65_HS1-834228961_62-HQ-83894_Section_6
Agency: FBI
Page 96
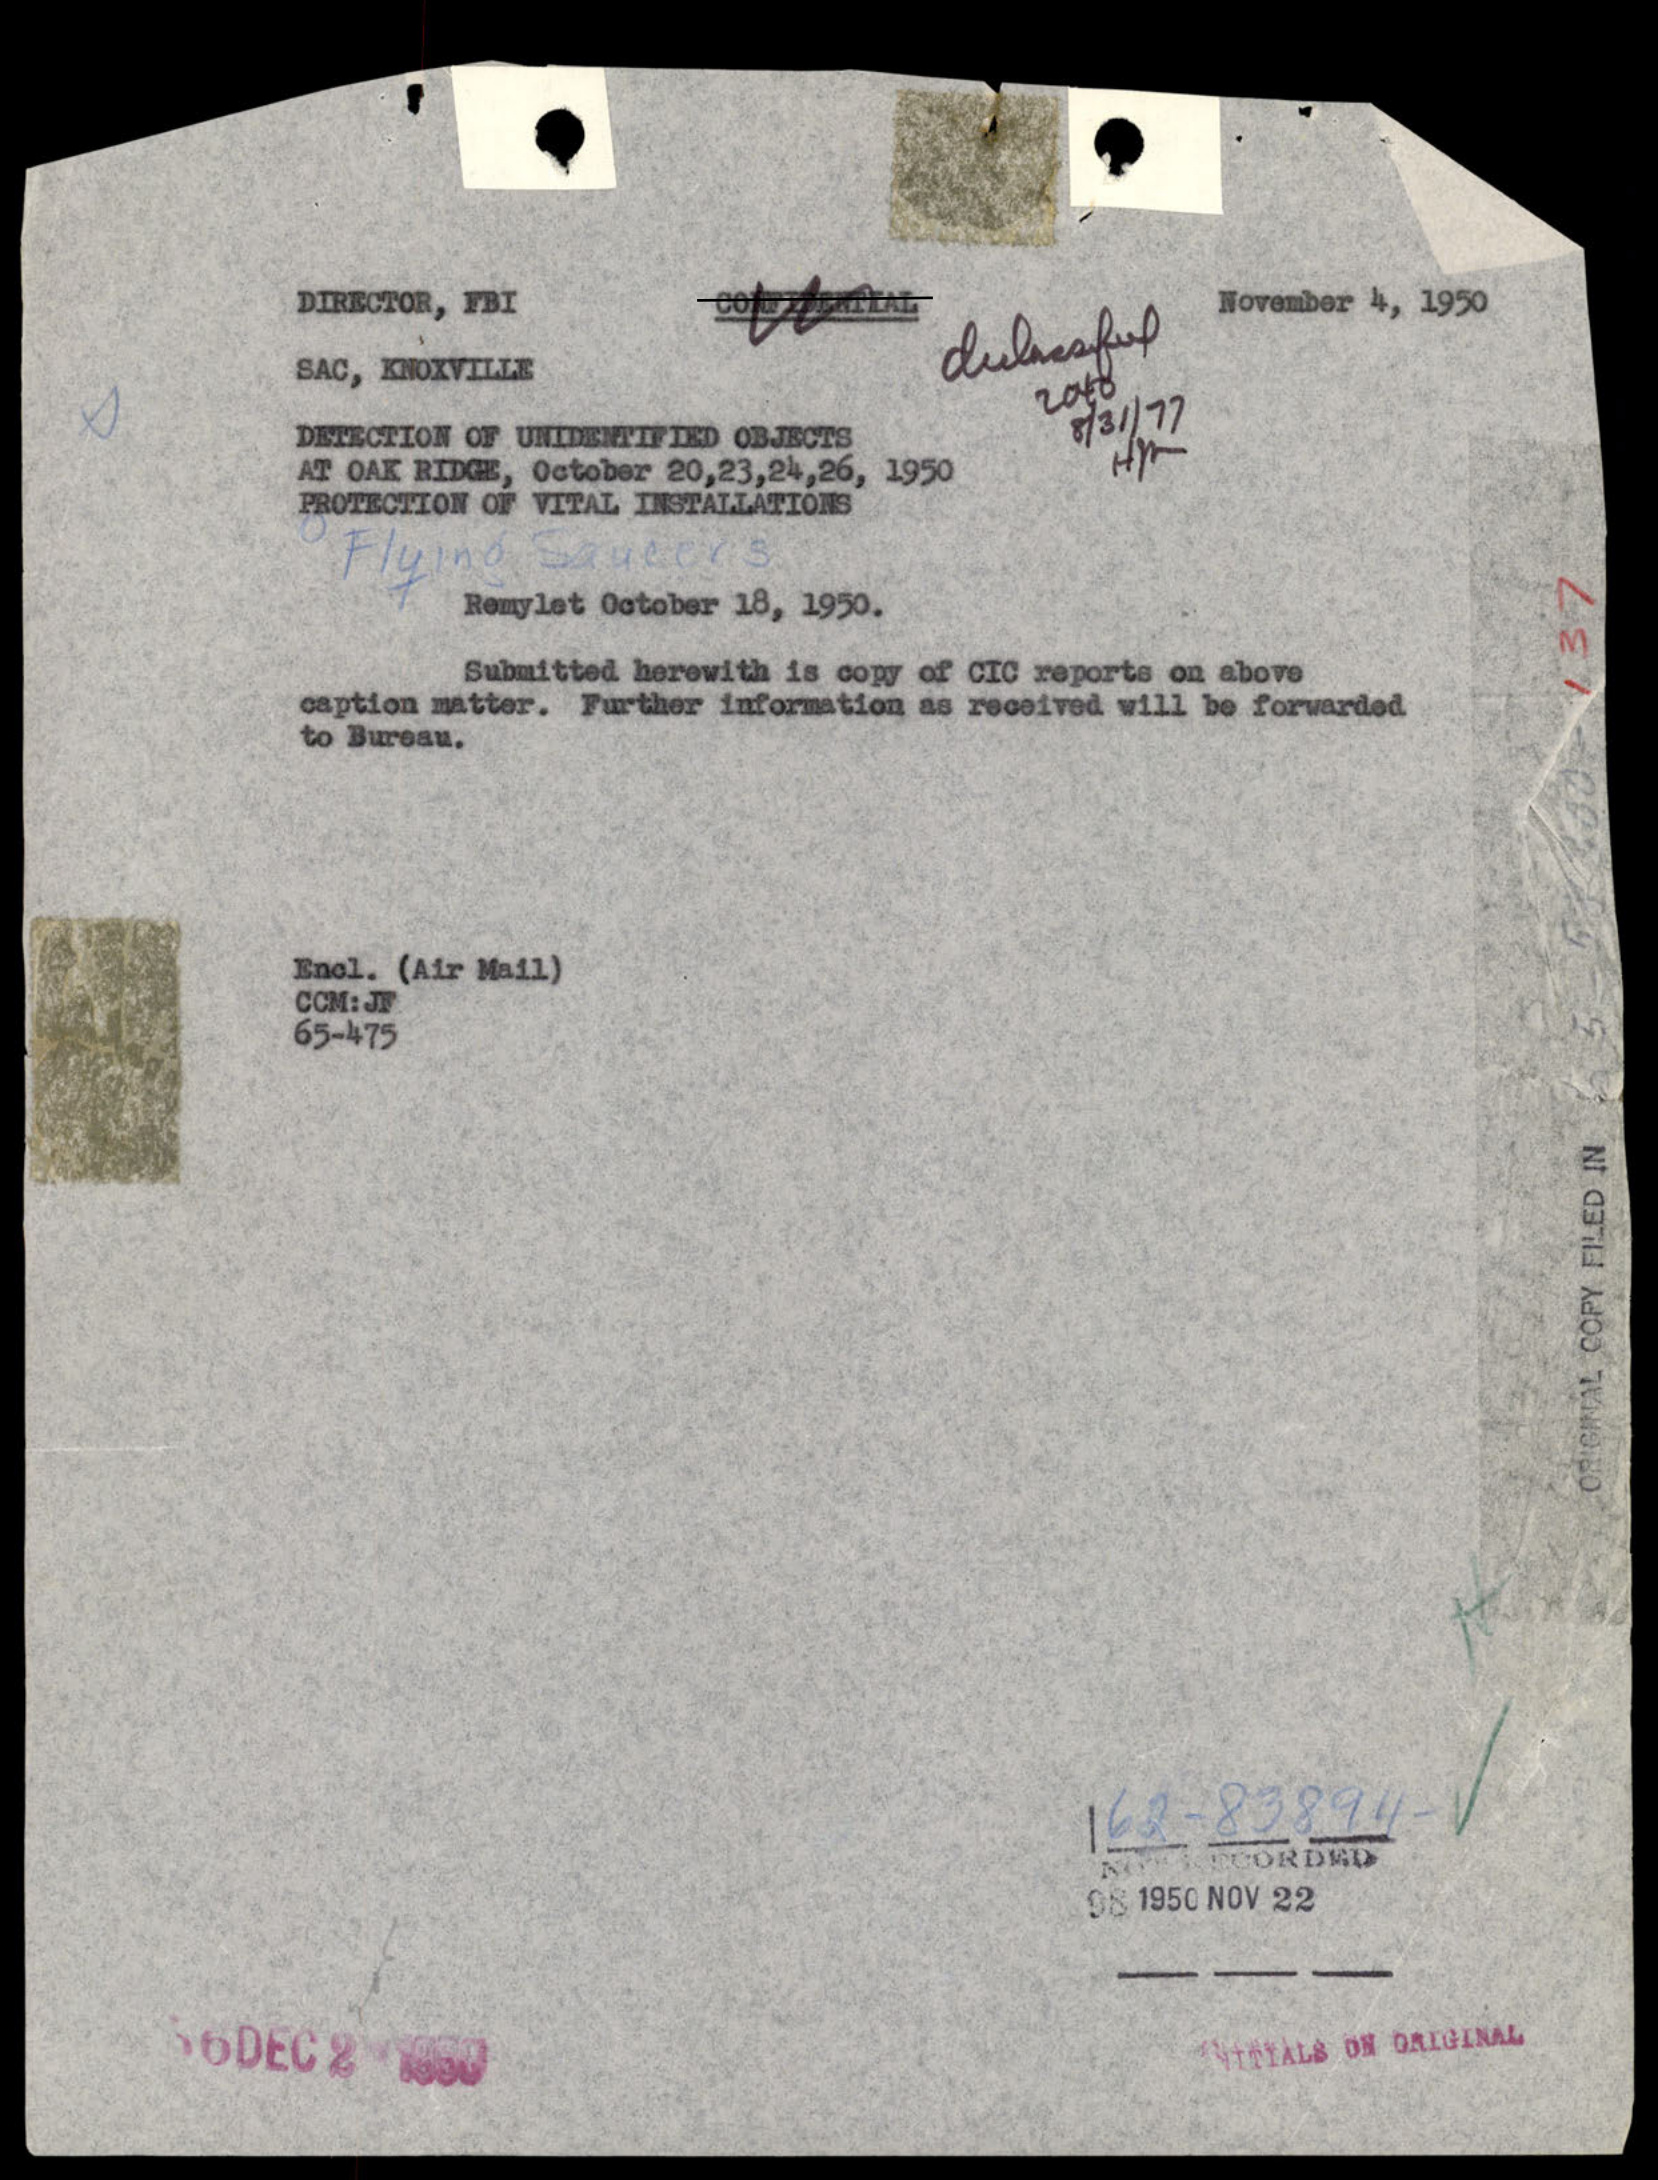